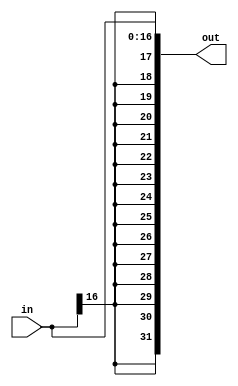
module extend_16_32(in, out);
    input [16:0] in;
    output [31:0] out;

    assign out[16:0] = in[16:0];
    assign out[31] = in[16];
    assign out[30] = in[16];
    assign out[29] = in[16];
    assign out[28] = in[16];
    assign out[27] = in[16];
    assign out[26] = in[16];
    assign out[25] = in[16];
    assign out[24] = in[16];
    assign out[23] = in[16];
    assign out[22] = in[16];
    assign out[21] = in[16];
    assign out[20] = in[16];
    assign out[19] = in[16];
    assign out[18] = in[16];
    assign out[17] = in[16];
endmodule